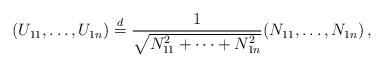
LaTeX: \begin{align*} (U_{11},\ldots,U_{1n}) \overset{d}{=} \frac{1}{\sqrt{N_{11}^2+\cdots+N_{1n}^2}} (N_{11},\ldots,N_{1n})\,, \end{align*}